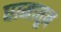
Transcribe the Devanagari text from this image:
घामातून